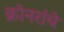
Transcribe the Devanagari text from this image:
क्रोनरांचे